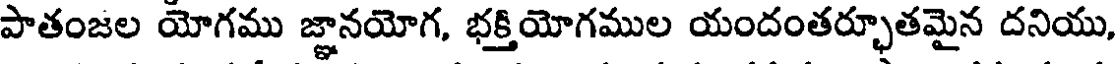
పాతంజల యోగము జ్ఞానయోగ, భక్తియోగముల యందంతర్భూతమైన దనియు,